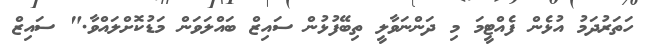
ހަތަރުދަމު އުޅެން ފެއްޓީމަ މި ދަންނަވާލީ ތިބޭފުޅުން ސައިޒް ބައްލަވަން މަޑުކޮށްލައްވާ." ސައިޒް